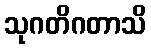
သုဂတိဂတာသိ